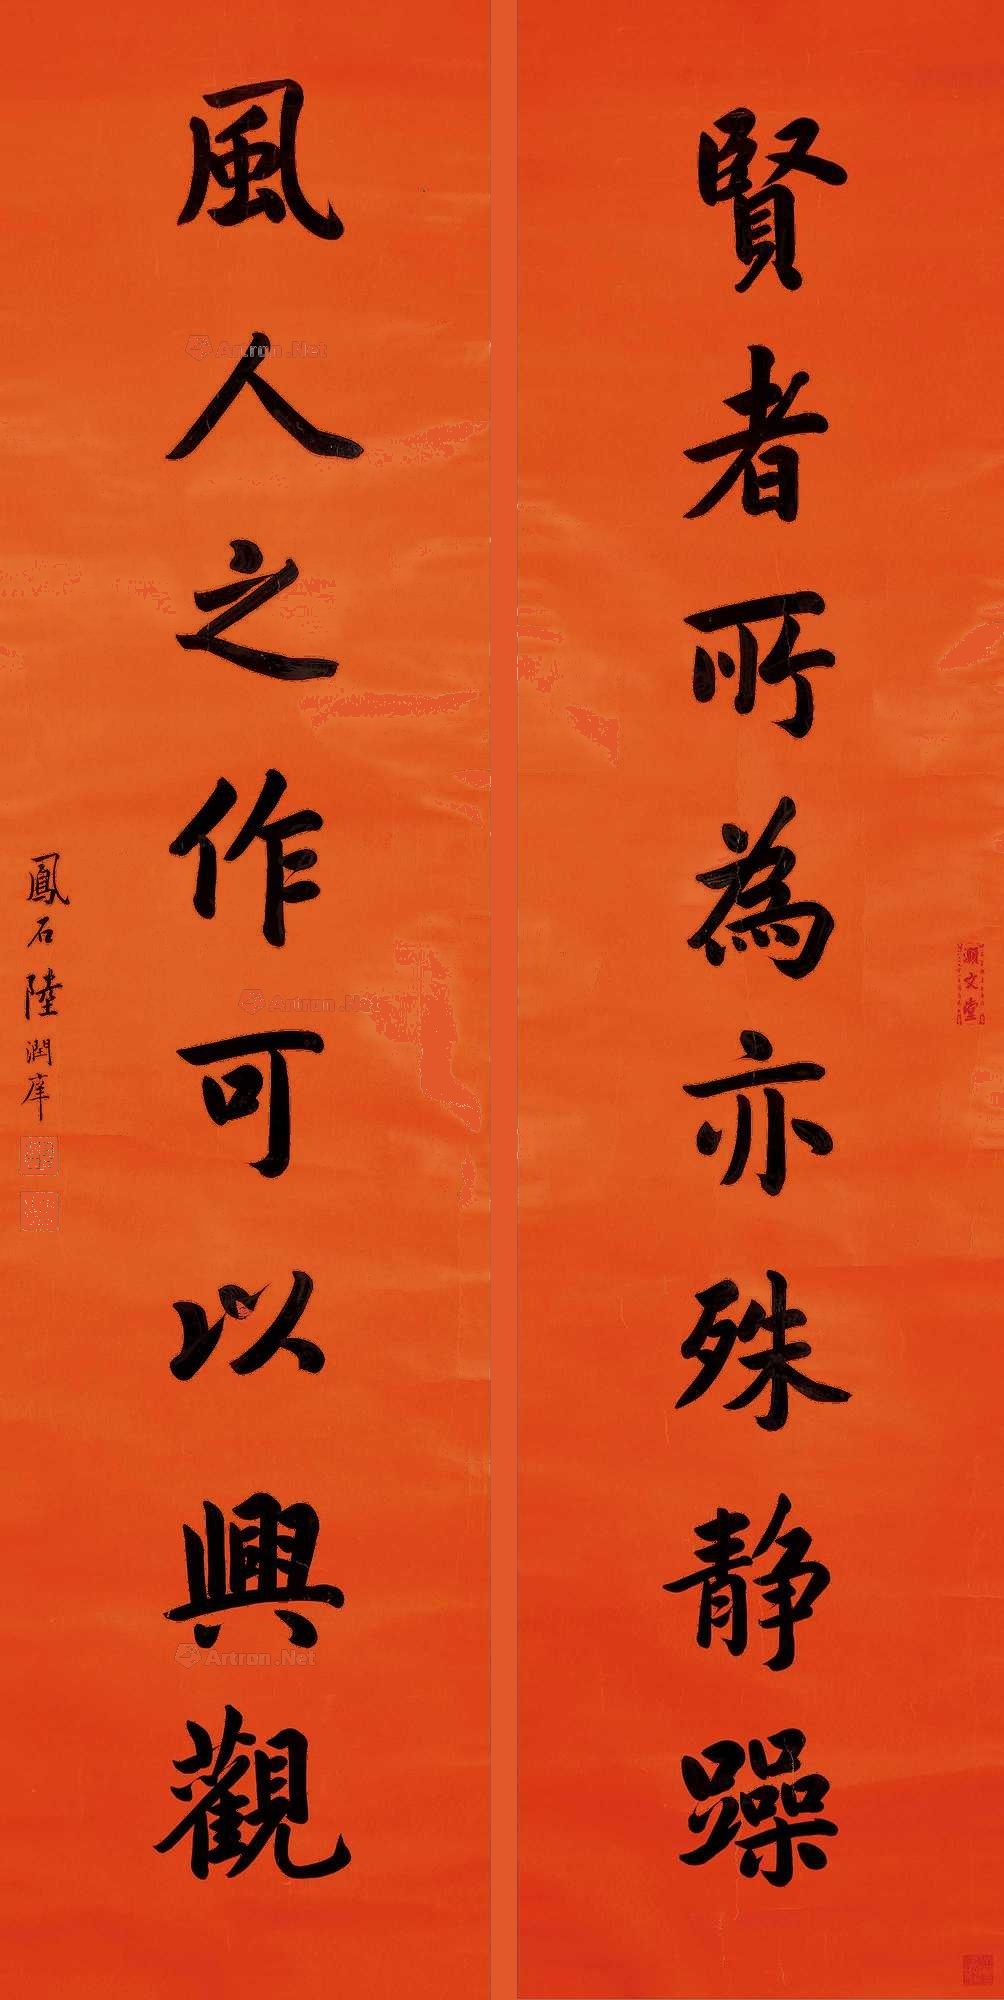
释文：贤者所为亦殊静躁，风人之作可以兴观。凤石陆润庠。